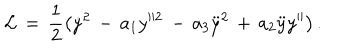
{ \cal L } \, = \, \frac { 1 } { 2 } \left( \dot { y } ^ { 2 } \, - \, a _ { 1 } y ^ { 2 } \, - \, a _ { 3 } \ddot { y } ^ { 2 } \, + \, a _ { 2 } \ddot { y } y ^ { \prime \prime } \right) .